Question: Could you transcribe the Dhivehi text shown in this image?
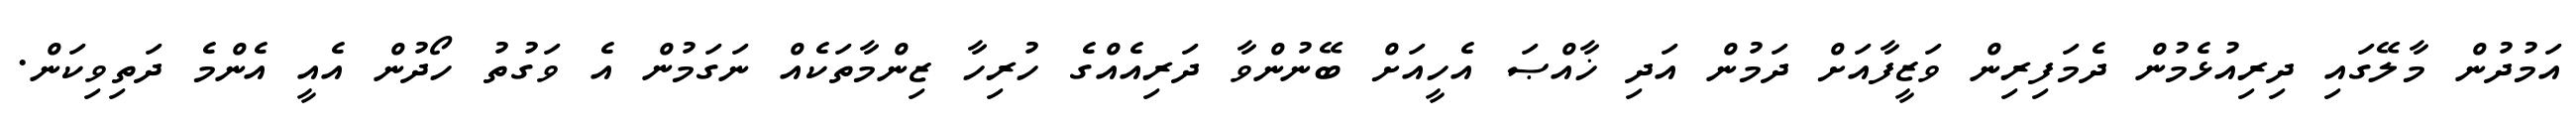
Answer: އަމުދުން މާލޭގައި ދިރިއުޅެމުން ދެމަފިރިން ވަޒީފާއަށް ދަމުން އަދި ޚާއްޞަ އެހީއަށް ބޭނުންވާ ދަރިއެއްގެ ހުރިހާ ޒިންމާތަކެއް ނަގަމުން އެ ވަގުތު ހޯދުން އެއީ އެންމެ ދަތިވިކަން.